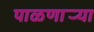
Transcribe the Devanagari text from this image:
पाळणार्‍या